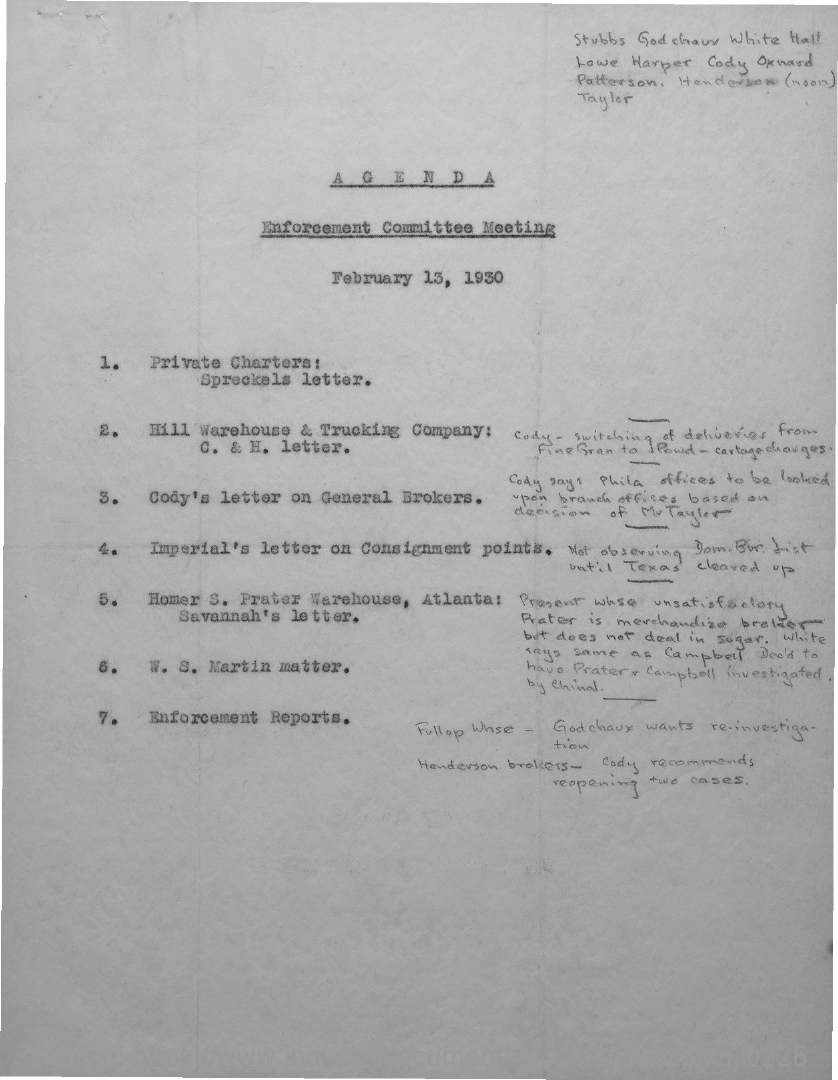
Stubbs God chaux White Hall
     Lowe Harper Cody Oxnard
     Patterson. Handerson ( noon )
     Taylor
     AGENDA
     Enforcement Committee Meeting
     February 13, 1930
     1.  Private Charters:
     Spreckels letter.
     2.  Hill Warehouse & Trucking Company:
     C. & H. letter.
     cody - switching of deliveries from
     Fine Gran to I Pond - cartage changes.
     5.  Cody's letter on General Brokers.
     Cody says Phila offices to be looked
     upon branch offices based on
     decision of MyTaylor
     4.  Imperial's letter on Consignment points. Not observing Dom . Bur Hist
     until Texas cleared up
     5.  Homer S. Prater Warehouse, Atlanta: Prosent whse unsatisfactory
     Savannah's letter.    Prater is merchandise brakes
     but does not deal in sugar, White
     6.  W. S. Martin matter.
     says same as Campbell. Dead to
     have Prater campbell investigated.
     by chinal.
     7.  Enforcement Reports.
     Fullop Whse - Godchaux wants re-investiga-
     tion
     Henderson brokers - cody recommends
     reopening two cases.
   Source:  https://www.industrydocuments.ucsf.edu/docs/xgjl0226